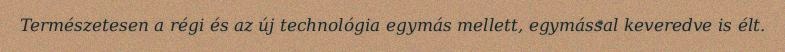
Természetesen a régi és az új technológia egymás mellett, egymással keveredve is élt.